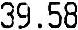
39.58